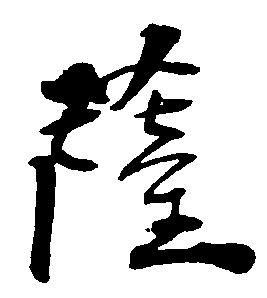
薩